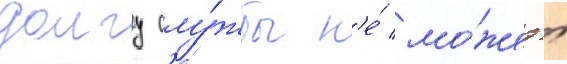
долгу слу́жбы н'е́ мо́жет